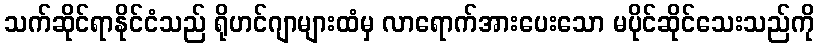
သက်ဆိုင်ရာနိုင်ငံသည် ရိုဟင်ဂျာများထံမှ လာရောက်အားပေးသော မပိုင်ဆိုင်သေးသည်ကို